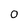
Character: 0